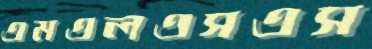
এমএলএসএস